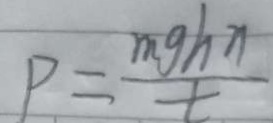
P = \frac { m g h n } { t }